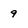
Character: 9